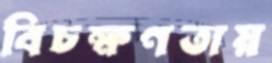
বিচক্ষণতায়